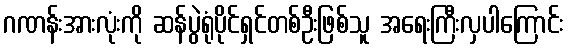
ဂဏန်းအားလုံးကို ဆန်ပွဲရုံပိုင်ရှင်တစ်ဦးဖြစ်သူ အရေးကြီးလှပါကြောင်း